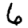
Digit: 6